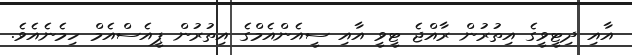
އާއި ދިޓީވީގެ އިތުރުން ރާއްޖެ ޓީވީ އާއި ސީއެންއެމްގެ އިތުރުން ޕީއެސްއެމް ހިމެނެއެވެ.